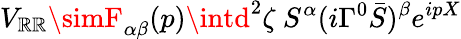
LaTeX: V_{\mathbb{R}\mathbb{R}}\simF_{\alpha\beta}(p)\intd^{2}\zeta\ S^{\alpha}(i\Gamma^{0}{\bar{{S}}})^{\beta}e^{ipX}